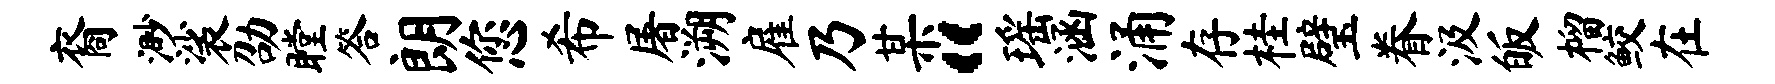
裔渺裟劭瞠答朗您希屠溯雇乃某“瑶涵涌存桂璧眷汲皈榴鲛在